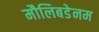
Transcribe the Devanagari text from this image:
मौलिबडेनम